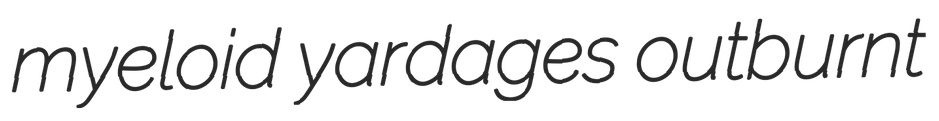
myeloid yardages outburnt